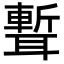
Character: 𦗚